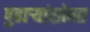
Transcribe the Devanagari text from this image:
पुढाऱ्यांसोबत